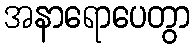
အနာရောပေတွာ